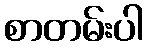
စာတမ်းပါ